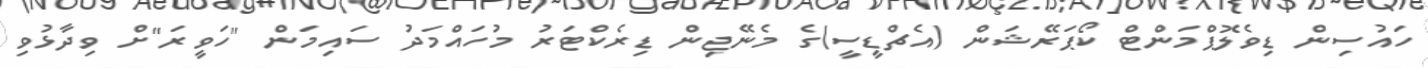
ހައުސިން ޑިވެލޮޕްމަންޓް ކޯޕަރޭޝަން (އެޗްޑީސީ)ގެ މެނޭޖިން ޑިރެކްޓަރު މުހައްމަދު ސައިމަން "ހަވީރަ"ށް ވިދާޅުވި